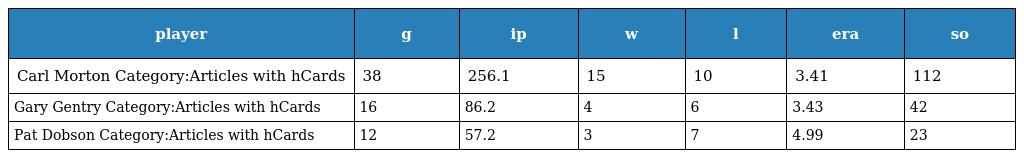
| player | g | ip | w | l | era | so |
 | --- | --- | --- | --- | --- | --- | --- |
 | Carl Morton Category:Articles with hCards | 38 | 256.1 | 15 | 10 | 3.41 | 112 |
 | Gary Gentry Category:Articles with hCards | 16 | 86.2 | 4 | 6 | 3.43 | 42 |
 | Pat Dobson Category:Articles with hCards | 12 | 57.2 | 3 | 7 | 4.99 | 23 |